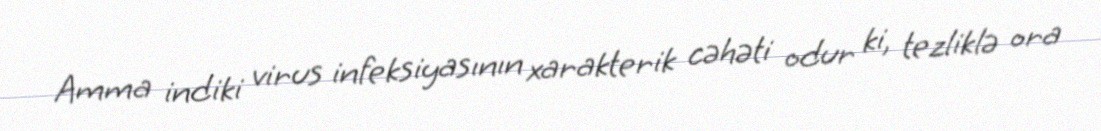
Amma indiki virus infeksiyasının xarakterik cəhəti odur ki, tezliklə ora